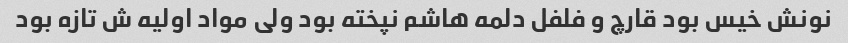
نونش خیس بود قارچ و فلفل دلمه هاشم نپخته بود ولی مواد اولیه ش تازه بود